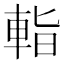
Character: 𨌁